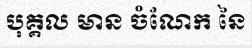
បុគ្គល មាន ចំណែក នៃ